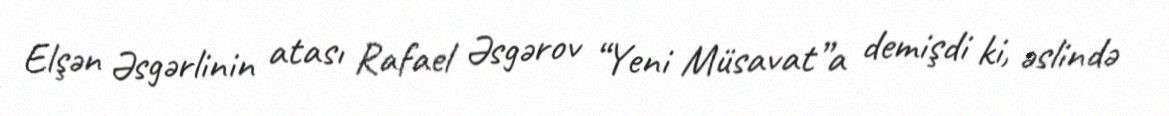
Elşən Əsgərlinin atası Rafael Əsgərov “Yeni Müsavat”a demişdi ki, əslində